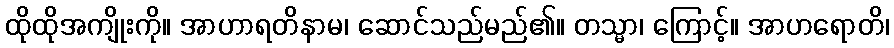
ထိုထိုအကျိုးကို။ အာဟာရတိနာမ၊ ဆောင်သည်မည်၏။ တသ္မာ၊ ကြောင့်။ အာဟရောတိ၊